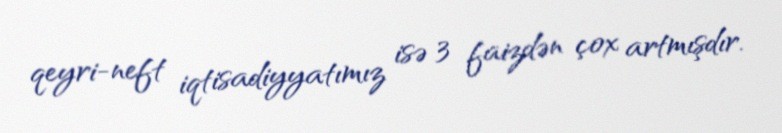
qeyri-neft iqtisadiyyatımız isə 3 faizdən çox artmışdır.